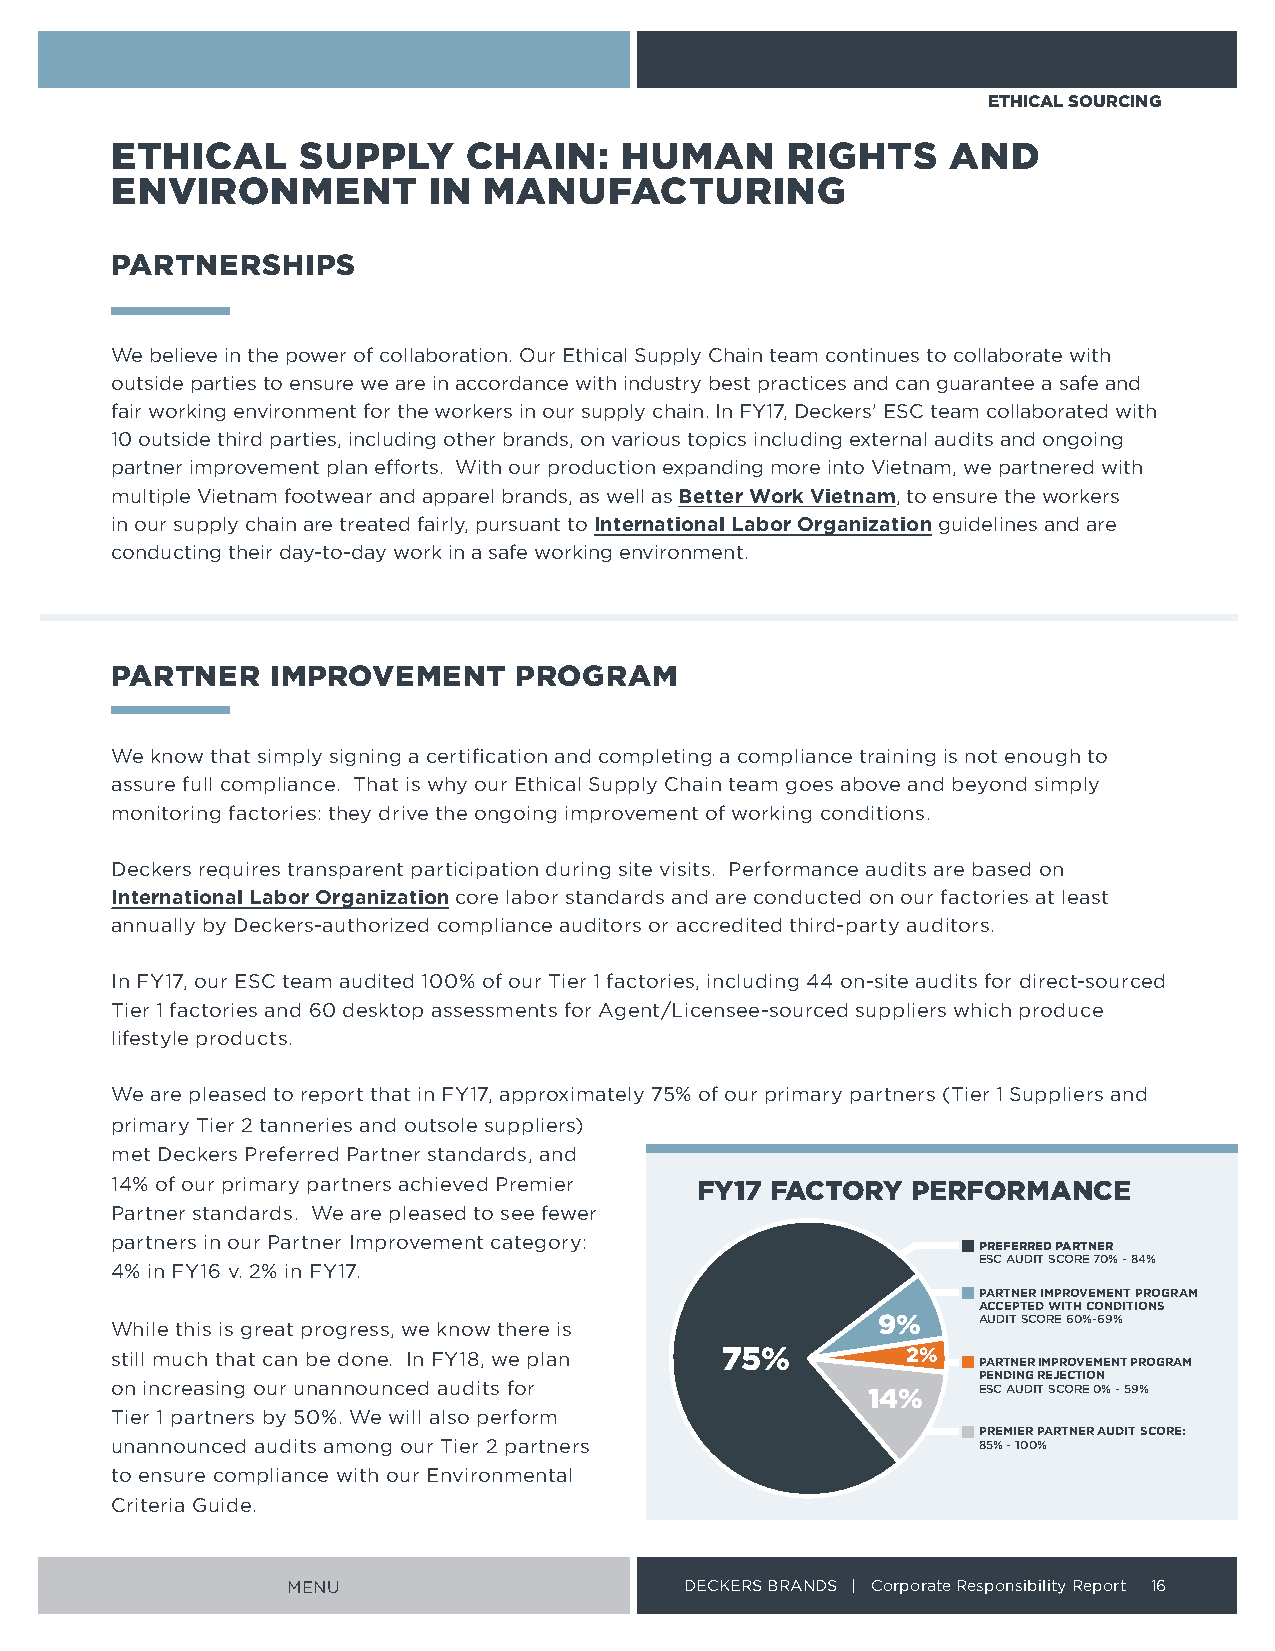
ETHICAL SOURCING
 ETHICAL      SUPPLY     CHAIN:    HUMAN      RIGHTS     AND
 ENVIRONMENT          IN  MANUFACTURING
 PARTNERSHIPS
 We believe in the power of collaboration Our Ethical Supply Chain team continues to collaborate with
 outside parties to ensure we are in accordance with industry best practices and can guarantee a safe and
 fair working environment for the workers in our supply chain In FY17, Deckers’ ESC team collaborated with
 10 outside third parties, including other brands, on various topics including external audits and ongoing
 partner improvement plan efforts With our production expanding more into Vietnam, we partnered with
 multiple Vietnam footwear and apparel brands, as well as Better Work Vietnam, to ensure the workers
 in our supply chain are treated fairly, pursuant to International Labor Organization guidelines and are
 conducting their day-to-day work in a safe working environment
 PARTNER    IMPROVEMENT     PROGRAM
 We know that simply signing a certification and completing a compliance training is not enough to
 assure full compliance That is why our Ethical Supply Chain team goes above and beyond simply
 monitoring factories: they drive the ongoing improvement of working conditions
 Deckers requires transparent participation during site visits Performance audits are based on
 International Labor Organization core labor standards and are conducted on our factories at least
 annually by Deckers-authorized compliance auditors or accredited third-party auditors
 In FY17, our ESC team audited 100% of our Tier 1 factories, including 44 on-site audits for direct-sourced
 Tier 1 factories and 60 desktop assessments for Agent/Licensee-sourced suppliers which produce
 lifestyle products
 We are pleased to report that in FY17, approximately 75% of our primary partners (Tier 1 Suppliers and
 primary Tier 2 tanneries and outsole suppliers)
 met Deckers Preferred Partner standards, and
 14% of our primary partners achieved Premier FY17 FACTORY PERFORMANCE
 Partner standards We are pleased to see fewer
 partners in our Partner Improvement category:
 PREFERRED PARTNER
 ESC AUDIT SCORE 70% - 84%
 4% in FY16 v 2% in FY17
 PARTNER IMPROVEMENT PROGRAM
 ACCEPTED WITH CONDITIONS
 9%     AUDIT SCORE 60%-69%
 While this is great progress, we know there is
 still much that can be done In FY18, we plan 75%     2%
 PARTNER IMPROVEMENT PROGRAM
 PENDING REJECTION
 on increasing our unannounced audits for          14%     ESC AUDIT SCORE 0% - 59%
 Tier 1 partners by 50% We will also perform
 PREMIER PARTNER AUDIT SCORE:
 unannounced audits among our Tier 2 partners              85% - 100%
 to ensure compliance with our Environmental
 Criteria Guide
 MENU                      DECKERS BRANDS | Corporate Responsibility Report 16